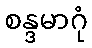
စန္ဒမာဂုံ